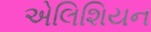
એલિશિયન